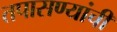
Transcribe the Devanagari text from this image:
तपासण्यांची